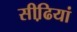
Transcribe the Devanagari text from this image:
सीढि़यां